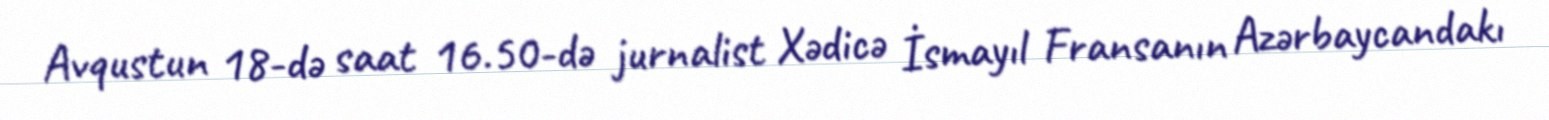
Avqustun 18-də saat 16.50-də jurnalist Xədicə İsmayıl Fransanın Azərbaycandakı